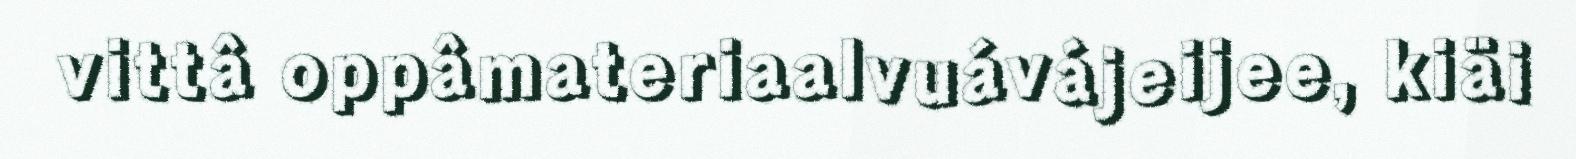
vittâ oppâmateriaalvuávájeijee, kiäi